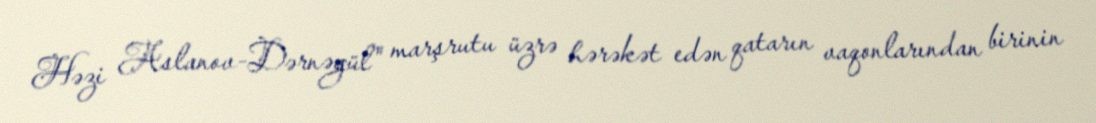
Həzi Aslanov-Dərnəgül" marşrutu üzrə hərəkət edən qatarın vaqonlarından birinin